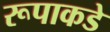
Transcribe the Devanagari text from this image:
रूपाकडे